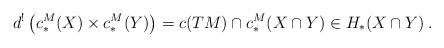
\begin{align*} d^!\left( c^M_*(X) \times c^M_*(Y) \right) = c(TM)\cap c^M_*(X\cap Y) \in H_*(X\cap Y)\:. \end{align*}